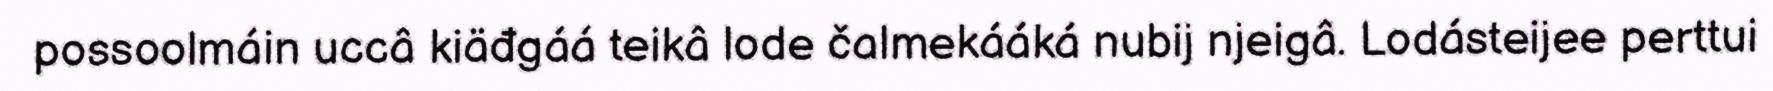
possoolmáin uccâ kiäđgáá teikâ lode čalmekááká nubij njeigâ. Lodásteijee perttui